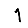
Digit: 1